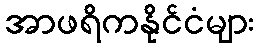
အာဖရိကနိုင်ငံများ